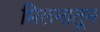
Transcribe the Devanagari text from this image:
मिलनातून